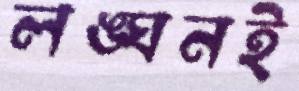
লঙ্ঘনই